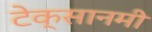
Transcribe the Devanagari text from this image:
टेक्सानमी